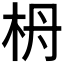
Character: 𣐠